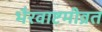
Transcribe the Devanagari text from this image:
भैरवाष्टमीव्रत